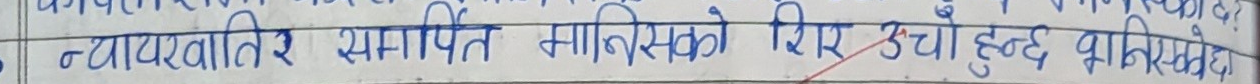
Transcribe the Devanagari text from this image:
न्यायका लागि समर्पित मानिसको शिर उच्च हुन्छ भनिएको छ।